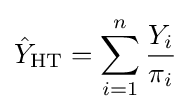
{\hat {Y}}_{\mathrm {HT} }=\sum _{i=1}^{n}{\frac {Y_{i}}{\pi _{i}}}